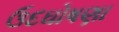
ઉદઘોષણા